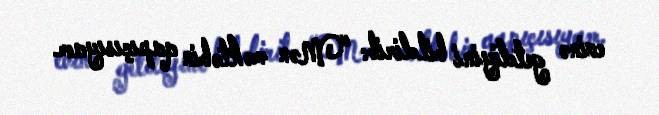
evinə getdiyini bildirib: “Mən məktəbin qapıçısıyam.